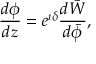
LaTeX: \frac { d \phi } { d z } = e ^ { \imath \delta } \frac { d \bar { W } } { d \bar { \phi } } ,